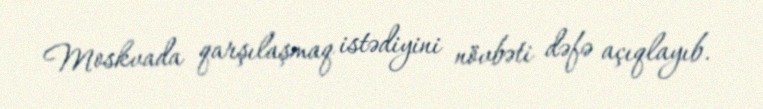
Moskvada qarşılaşmaq istədiyini növbəti dəfə açıqlayıb.